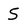
Character: S